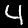
Label: 4